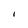
Character: I